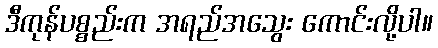
ဒီကုန်ပစ္စည်းက အရည်အသွေး ကောင်းလို့ပါ။